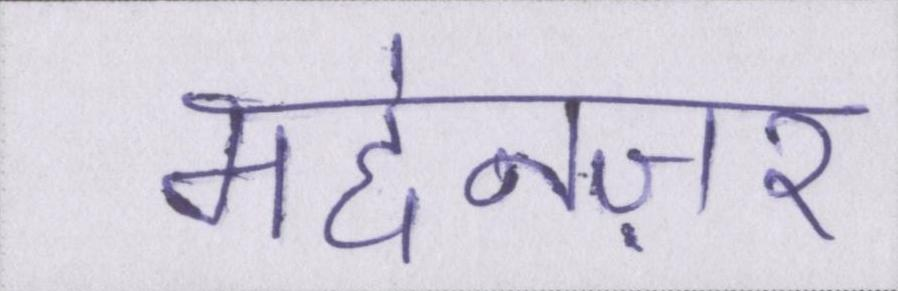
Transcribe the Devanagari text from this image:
मद्देनज़र